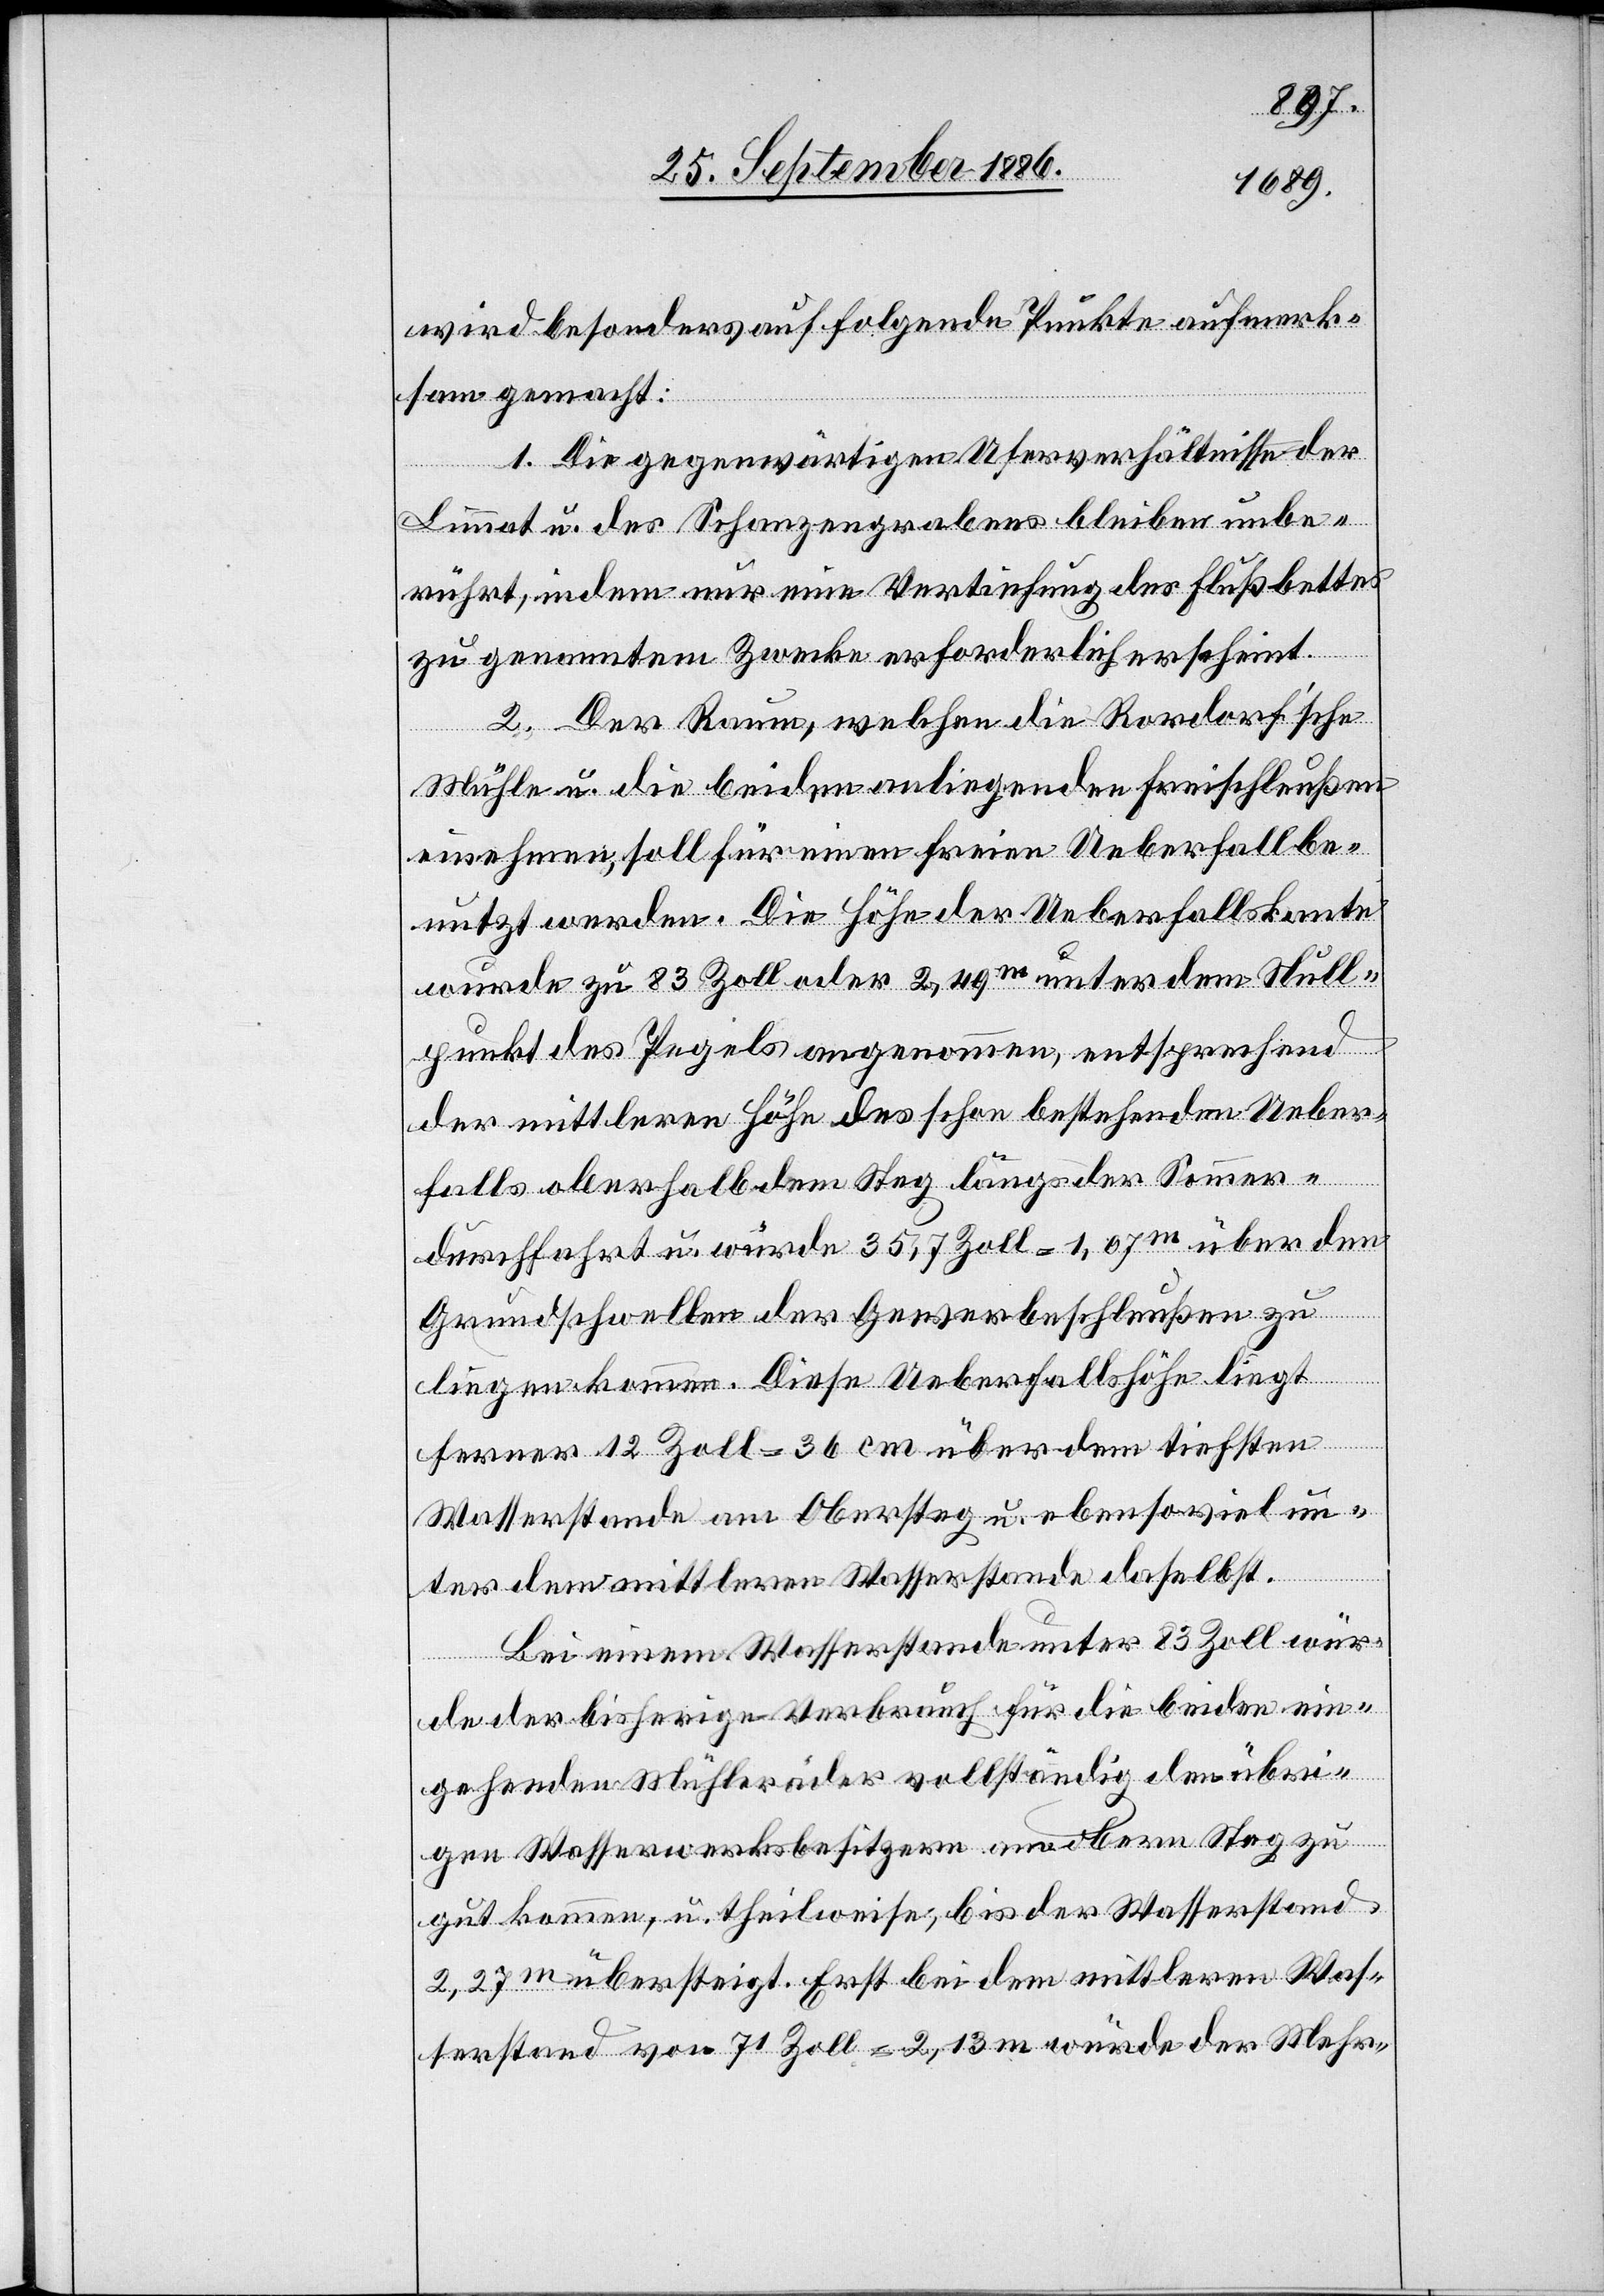
wird besonders auf folgende Punkte aufmerk¬
sam gemacht:
1. Die gegenwärtigen Uferverhältnisse der
Limmat u. des Schanzengrabens bleiben unbe¬
rührt, indem nur eine Vertiefung des Flußbettes
zu genanntem Zwecke erforderlich erscheint.
2. Der Raum, welchen die Rordorfʼsche
Mühle u. die beiden anliegenden Freischleußen
ein[n]ehmen, soll für einen freien Ueberfall be¬
nutzt werden. Die Höhe der Ueberfallskante
wurde zu 83 Zoll oder 2,49m unter dem Null¬
punkt des Pegels angenommen, entsprechend
der mittleren Höhe des schon bestehenden Ueber¬
falls oberhalb dem Steg längs der Sommer¬
durchfahrt u. würde 35,7 Zoll = 1,07m über den
Grundschwellen der Gewerbeschleußen zu
liegen kommen. Diese Ueberfallshöhe liegt
ferner 12 Zoll = 36 cm über dem tiefsten
Wasserstande am Obersteg u. ebensoviel un¬
ter dem mittleren Wasserstande daselbst.
Bei einem Wasserstand unter 83 Zoll wür¬
de der bisherige Verbrauch für die beiden ein¬
gehenden Mühleräder vollständig den übri¬
gen Wasserwerksbesitzern am obern Steg zu
gut kommen, u. theilweise, bis der Wasserstand
2,27m übersteigt. Erst bei dem mittleren Was¬
serstand von 71 Zoll = 2,13 m würde der Mehr-